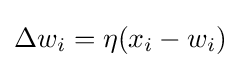
\Delta w_{i}=\eta (x_{i}-w_{i})